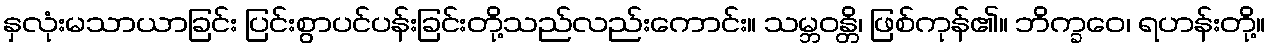
နှလုံးမသာယာခြင်း ပြင်းစွာပင်ပန်းခြင်းတို့သည်လည်းကောင်း။ သမ္ဘဝန္တိ၊ ဖြစ်ကုန်၏။ ဘိက္ခဝေ၊ ရဟန်းတို့။